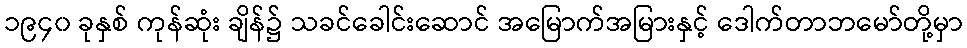
၁၉၄၀ ခုနှစ် ကုန်ဆုံး ချိန်၌ သခင်ခေါင်းဆောင် အမြောက်အမြားနှင့် ဒေါက်တာဘမော်တို့မှာ